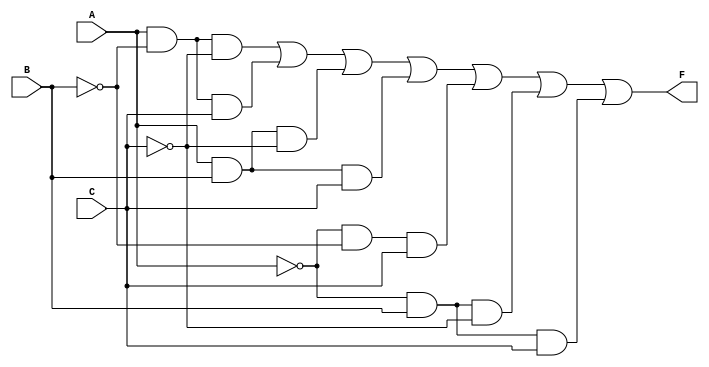
module three_variable_kmap (
    input wire A,  // Input A
    input wire B,  // Input B
    input wire C,  // Input C
    output wire F  // Output F
);

// Define the output F based on the K-map grouping
assign F = (A & ~B & ~C) |  // Cell 4: AB'C'
           (A & ~B & C)  |  // Cell 5: AB'C
           (A & B & ~C)  |  // Cell 6: ABC'
           (A & B & C)   |  // Cell 7: ABC
           (~A & ~B & C) |  // Cell 1: A'B'C
           (~A & B & ~C) |  // Cell 3: A'BC'
           (~A & B & C);     // Cell 2: A'BC

endmodule